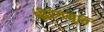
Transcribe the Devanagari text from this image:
श्रीरंगमूर्ति